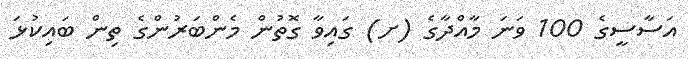
އަސާސީގެ 100 ވަނަ މާއްދާގެ (ށ) ގައިވާ ގޮތުން މެންބަރުންގެ ތިން ބައިކުޅަ